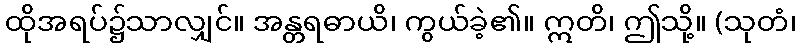
ထိုအရပ်၌သာလျှင်။ အန္တရဓာယိ၊ ကွယ်ခဲ့၏။ ဣတိ၊ ဤသို့။ (သုတံ၊